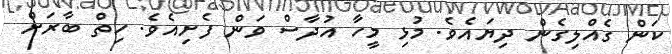
ކަން ގެއްލިގެން ދިޔައެވެ. މުޅި މީހާ އުދާސް ވަން ފެށިއެވެ. ހިތް ބާރަށް